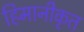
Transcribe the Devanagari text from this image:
हिमानीकृत